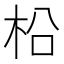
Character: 柗